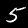
Digit: 5